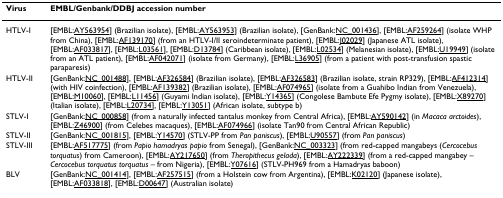
<table><thead><tr><td><b>Virus</b></td><td><b>EMBL/Genbank/DDBJ accession number</b></td></tr></thead><tbody><tr><td>HTLV-I</td><td>[EMBL:AY563954] (Brazilian isolate), [EMBL:AY563953] (Brazilian isolate), [GenBank:NC_001436], [EMBL:AF259264] (isolate WHP from China), [EMBL:AF139170] (from an HTLV-I/II seroindeterminate patient), [EMBL:J02029] (Japanese ATL isolate), [EMBL:AF033817], [EMBL:L03561], [EMBL:D13784] (Caribbean isolate), [EMBL:L02534] (Melanesian isolate), [EMBL:U19949] (isolate from an ATL patient), [EMBL:AF042071] (isolate from Germany), [EMBL:L36905] (from a patient with post-transfusion spastic paraparesis)</td></tr><tr><td>HTLV-II</td><td>[GenBank:NC_001488], [EMBL:AF326584] (Brazilian isolate), [EMBL:AF326583] (Brazilian isolate, strain RP329), [EMBL:AF412314] (with HIV coinfection), [EMBL:AF139382] (Brazilian isolate), [EMBL:AF074965] (isolate from a Guahibo Indian from Venezuela), [EMBL:M10060], [EMBL:L11456] (Guyami Indian isolate), [EMBL:Y14365] (Congolese Bambute Efe Pygmy isolate), [EMBL:X89270] (Italian isolate), [EMBL:L20734], [EMBL:Y13051] (African isolate, subtype b)</td></tr><tr><td>STLV-I</td><td>[GenBank:NC_000858] (from a naturally infected tantalus monkey from Central Africa), [EMBL:AY590142] (in <i>Macaca arctoides</i>), [EMBL:Z46900] (from Celebes macaques), [EMBL:AF074966] (isolate Tan90 from Central African Republic)</td></tr><tr><td>STLV-II</td><td>[GenBank:NC_001815], [EMBL:Y14570] (STLV-PP from <i>Pan paniscus</i>), [EMBL:U90557] (from <i>Pan paniscus</i>)</td></tr><tr><td>STLV-III</td><td>[EMBL:AF517775] (from <i>Papio hamadryas papio </i>from Senegal), [GenBank:NC_003323] (from red-capped mangabeys (<i>Cercocebus torquatus</i>) from Cameroon), [EMBL:AY217650] (from <i>Theropithecus gelada</i>), [EMBL:AY222339] (from a red-capped mangabey – <i>Cercocebus torquatus torquatus </i>– from Nigeria), [EMBL:Y07616] (STLV-PH969 from a Hamadryas baboon)</td></tr><tr><td>BLV</td><td>[GenBank:NC_001414], [EMBL:AF257515] (from a Holstein cow from Argentina), [EMBL:K02120] (Japanese isolate), [EMBL:AF033818], [EMBL:D00647] (Australian isolate)</td></tr></tbody></table>